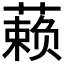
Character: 𰱾